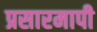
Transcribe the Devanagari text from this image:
प्रसारमापी